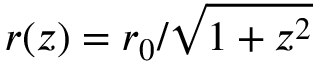
r ( z ) = r _ { 0 } / \sqrt { 1 + z ^ { 2 } }